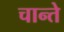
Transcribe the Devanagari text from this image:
चान्ते